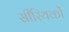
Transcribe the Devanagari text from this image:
सीरियकों